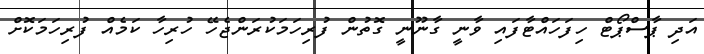
އަދި ޕާސްޕޯޓް ހިފަހައްޓާފައި ވާނީ ގާނޫނީ ގޮތުން ފުރިހަމަކުރަންޖެހޭ ހުރިހާ ކަމެއް ފުރިހަމަކޮށް